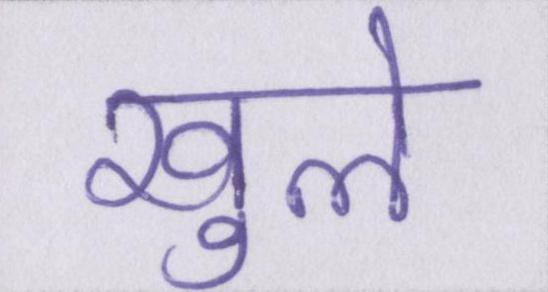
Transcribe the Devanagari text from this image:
खुले